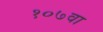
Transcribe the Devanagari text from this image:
१०७वा